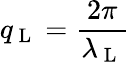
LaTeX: q_{\mathrm{~L~}}=\frac{2\pi}{\lambda_{\mathrm{~L~}}}